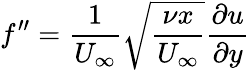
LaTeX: f^{\prime\prime}=\frac{1}{U_{\infty}}\sqrt{\frac{\nu x}{U_{\infty}}}\frac{\partial u}{\partial y}